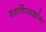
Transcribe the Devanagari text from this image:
वसतिस्थळांना